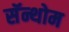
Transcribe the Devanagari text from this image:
सॅन्थोम